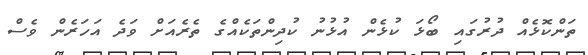
ތަންކޮޅެއް ދުރުގައި ބޯޅަ ކުޅެން އުޅުނު ކުދިންތަކެއްގެ ތެރެއަށް ވަދެ އަހަރެން ވެސް